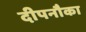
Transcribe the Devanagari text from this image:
दीपनौका